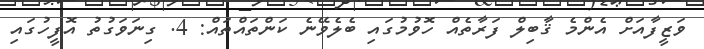
ވަޒީފާއަށް އެންމެ ޤާބިލް ފަރާތެއް ހޮވުމުގައި ބެލެވޭނެ ކަންތައްތައް: 4. ގިނަވަގުތު އޮފީހުގައި